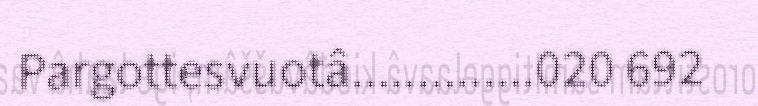
Pargottesvuotâ..............020 692